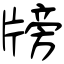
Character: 牓